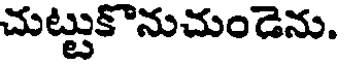
చుట్టుకొనుచుండెను.